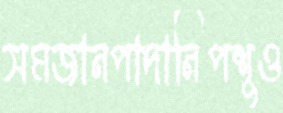
সমজানপাদানিপশুও